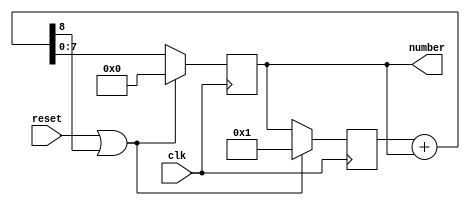
module fibonacci_generator(clk, reset, number);
    input clk;
    input reset;  // active high, synchronous reset
    output reg [7:0] number;  // same as Reg0

    reg [7:0] prev_num;  // same as Reg1
    reg [8:0] sum;  // 255 = 2^8 - 1, when "sum[8] == 1": sum exceed 255 and restart

    always @(posedge clk) begin
        if(reset || sum[8] == 1)
            prev_num <= 1;
        else
            prev_num <= number;
    end

    always @(posedge clk) begin
        if(reset || sum[8] == 1)
            number <= 0;
        else
            number <= sum[7:0];
    end

    always @(*) begin
        sum = prev_num + number;
    end
endmodule